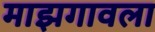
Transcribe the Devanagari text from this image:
माझगावला